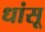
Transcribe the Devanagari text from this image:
धांसू